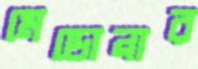
মেডোনার